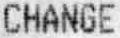
CHANGE